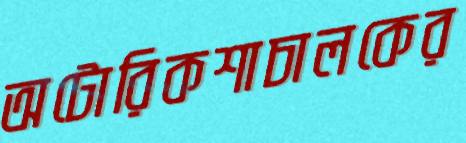
অটোরিকশাচালকের